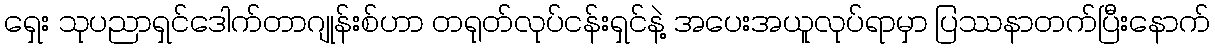
ရှေး သုပညာရှင်ဒေါက်တာဂျုန်းစ်ဟာ တရုတ်လုပ်ငန်းရှင်နဲ့ အပေးအယူလုပ်ရာမှာ ပြဿနာတက်ပြီးနောက်